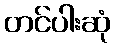
တင်ပါးဆုံ